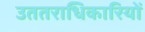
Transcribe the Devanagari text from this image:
उततराधिकारियों